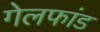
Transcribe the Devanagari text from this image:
गेलफांड